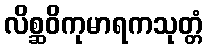
လိစ္ဆဝိကုမာရကသုတ္တံ